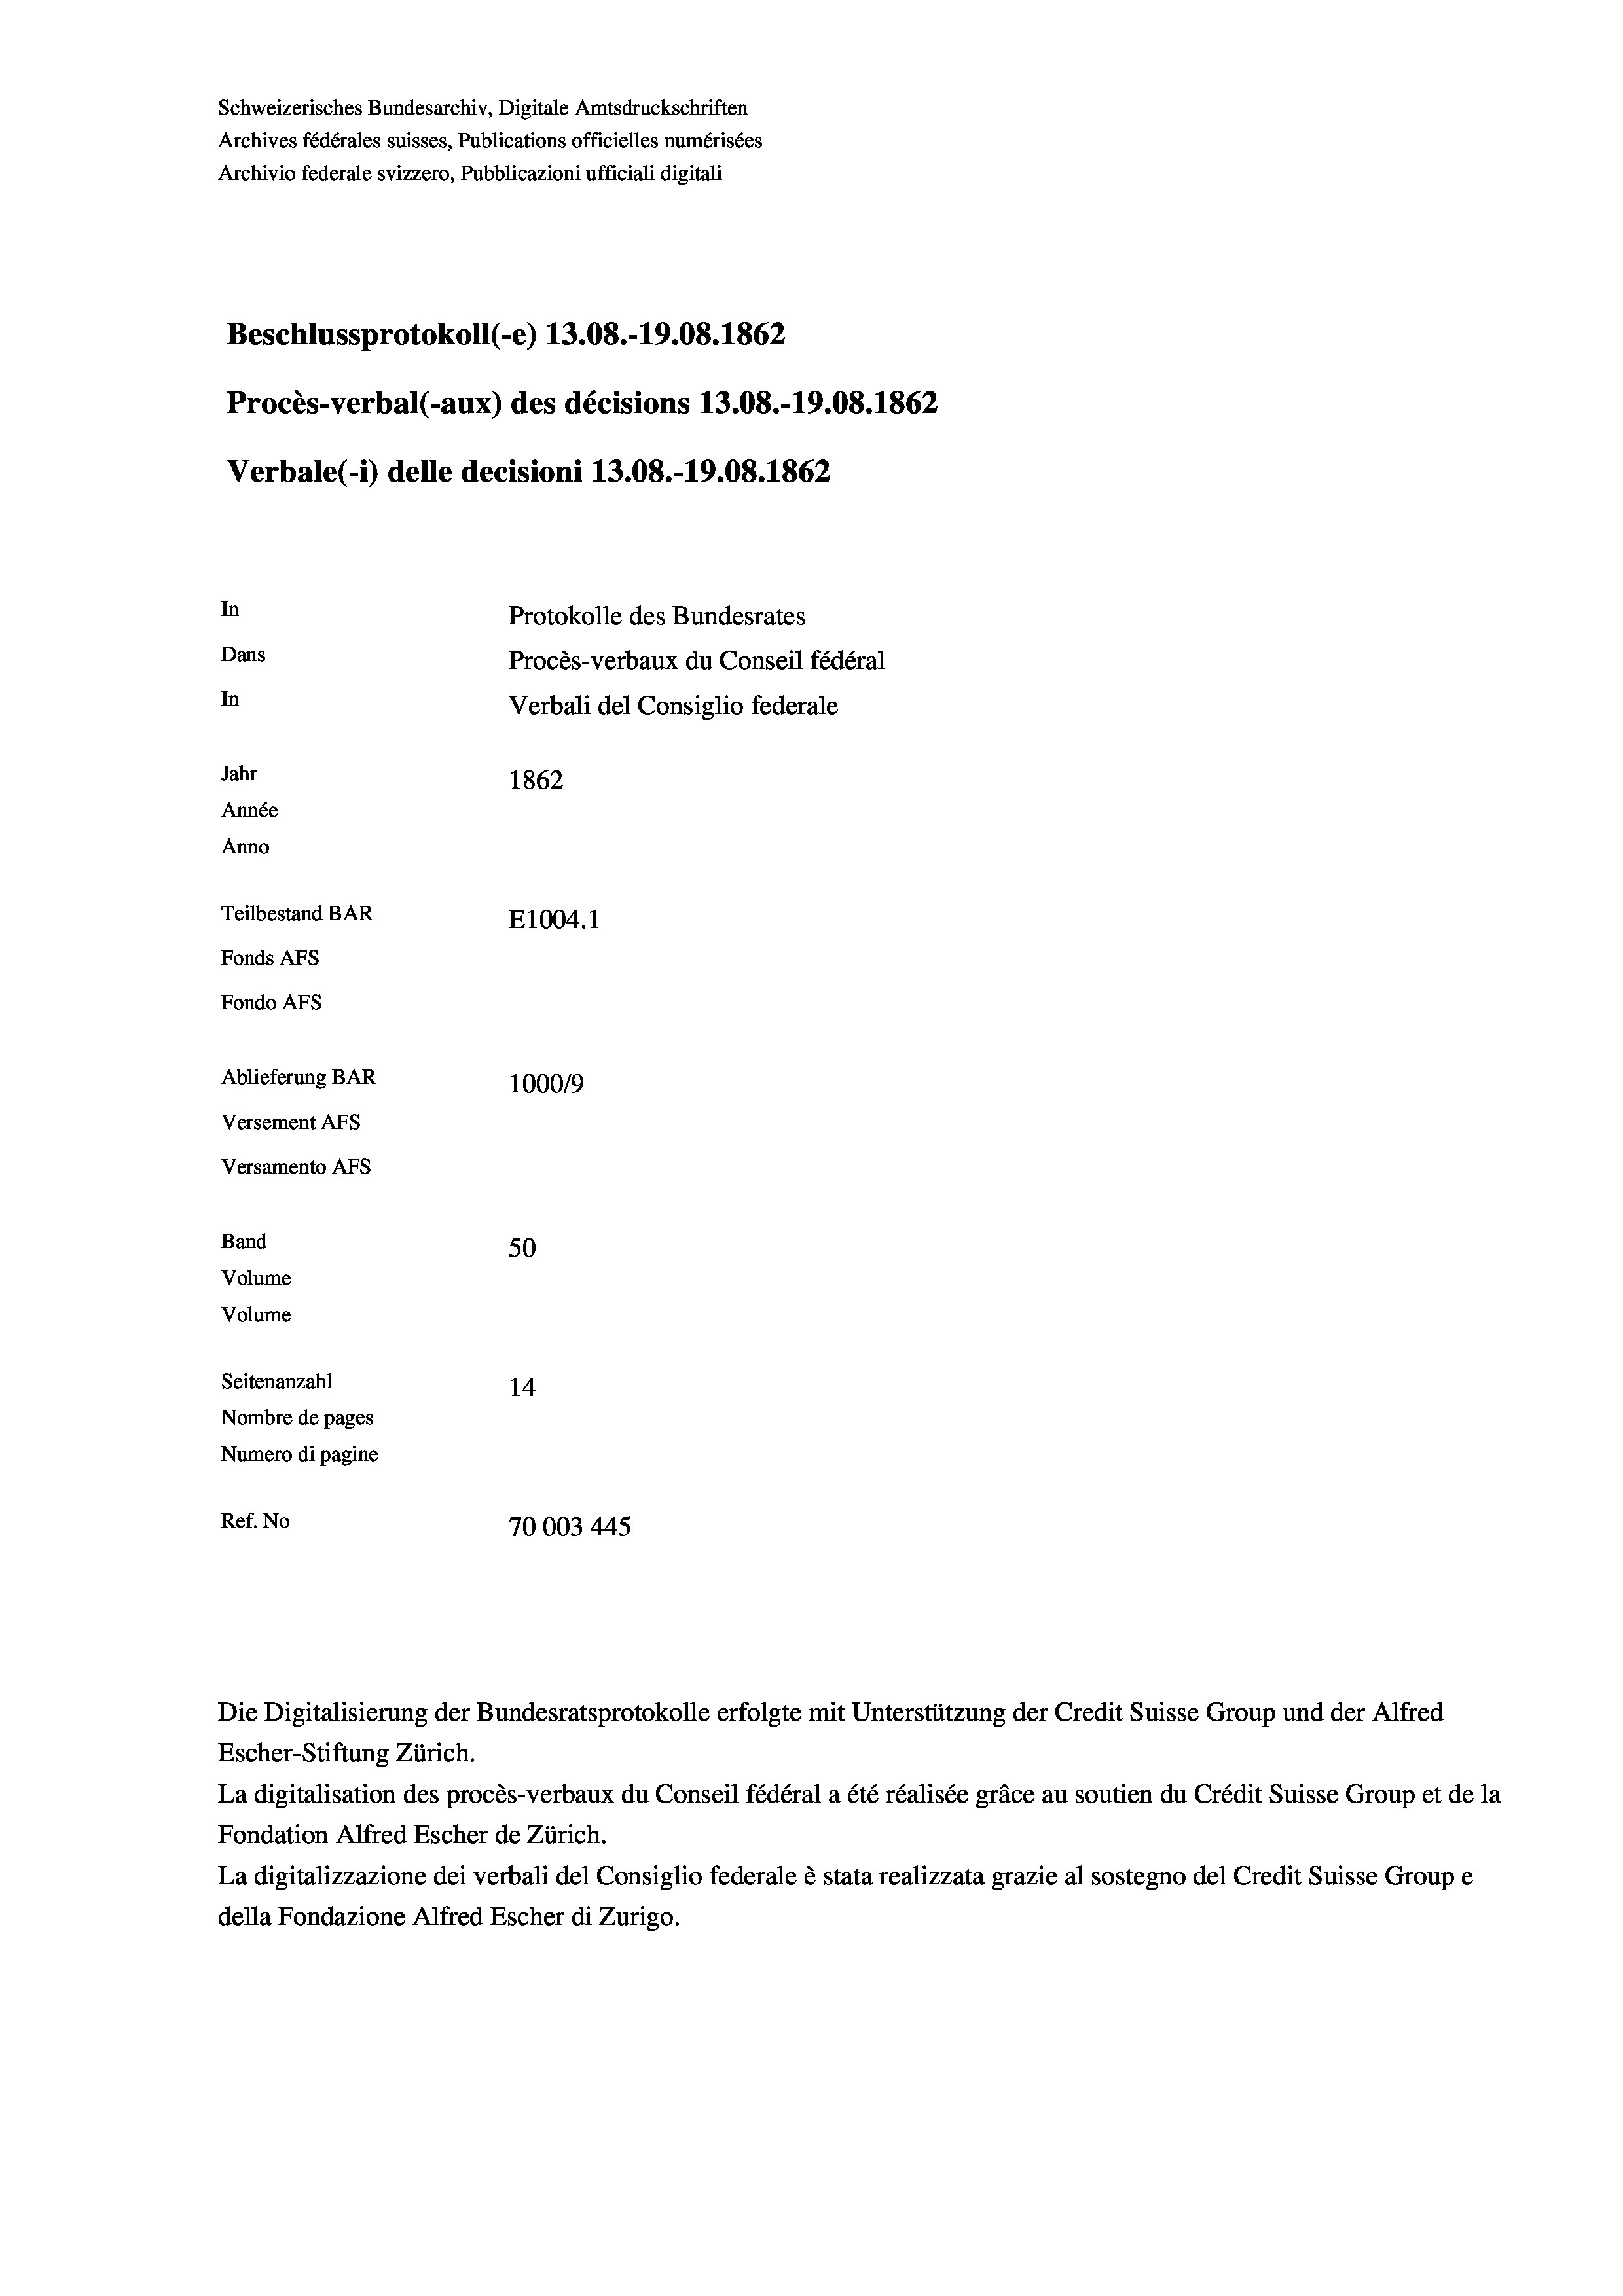
Schweizerisches Bundesarchiv, Digitale Amtsdruckschriften
Archives fédérales suisses, Publications officielles numérisées
Archivio federale svizzero, Pubblicazioni ufficiali digitali
Beschlussprotokoll (e) 13.08.-19.08. 1862
Procès-verbal (-aux) des décisions 13.08.-19.08. 1862
Verbale(-*) delle decisioni 13.08.-19.08. 1862
In
Protokolle des Bundesrates
Dans
Procès-verbaux du Conseil fédéral
In
Verbali del Consiglio federale
Jahr
1862
Année
Anno
Teilbestand BAR
E1004. 1
Fonds AFs
Fondo AFS
Ablieferung BAR
100019
Versement AFs
Versamento Afs
Band
50
Volume
Volume

Seitenanzahl
14
Nombre de pages
Numero di pagine
Ref. No
70003445

Escher-Stiftung Zürich.
La digitalisation des procès-verbaux du Conseil fédéral a été réalisée gräce au soutien du Crédit Suisse Group et de la
Fondation Alfred Escher de Zürich.
La digitalizzazione dei verbali del Consiglio federale è stata realizzata grazie al sostegno del Credit Suisse Groupe
della Fondazione Alfred Escher di Zurigo.

Die Digitalisierung der Bundesratsprotokolle erfolgte mit Unterstützung der Credit Suisse Group und der Alfred